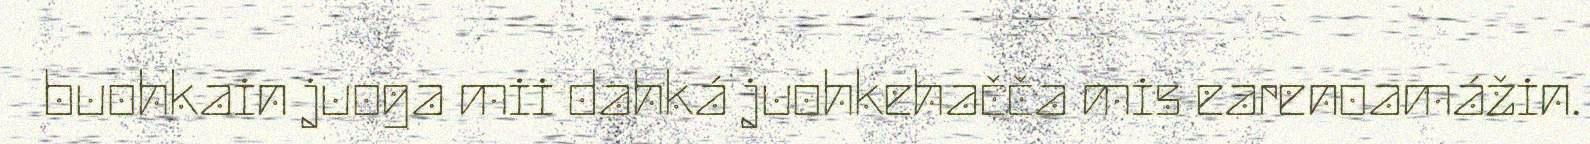
buohkain juoga mii dahká juohkehačča mis earenoamážin.